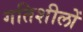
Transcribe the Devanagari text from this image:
गतिशीलों